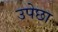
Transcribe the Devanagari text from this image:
उपेछा